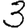
Digit: 3